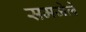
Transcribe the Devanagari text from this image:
समजेले